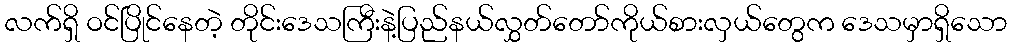
လက်ရှိ ဝင်ပြိုင်နေတဲ့ တိုင်းဒေသကြီးနဲ့ပြည်နယ်လွှတ်တော်ကိုယ်စားလှယ်တွေက ဒေသမှာရှိသော